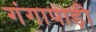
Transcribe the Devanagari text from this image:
गंगापाड़ी